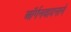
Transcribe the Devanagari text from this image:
ऑर्गनवादनाने